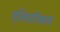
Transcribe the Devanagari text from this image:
एशियाटिकला